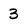
Character: 3